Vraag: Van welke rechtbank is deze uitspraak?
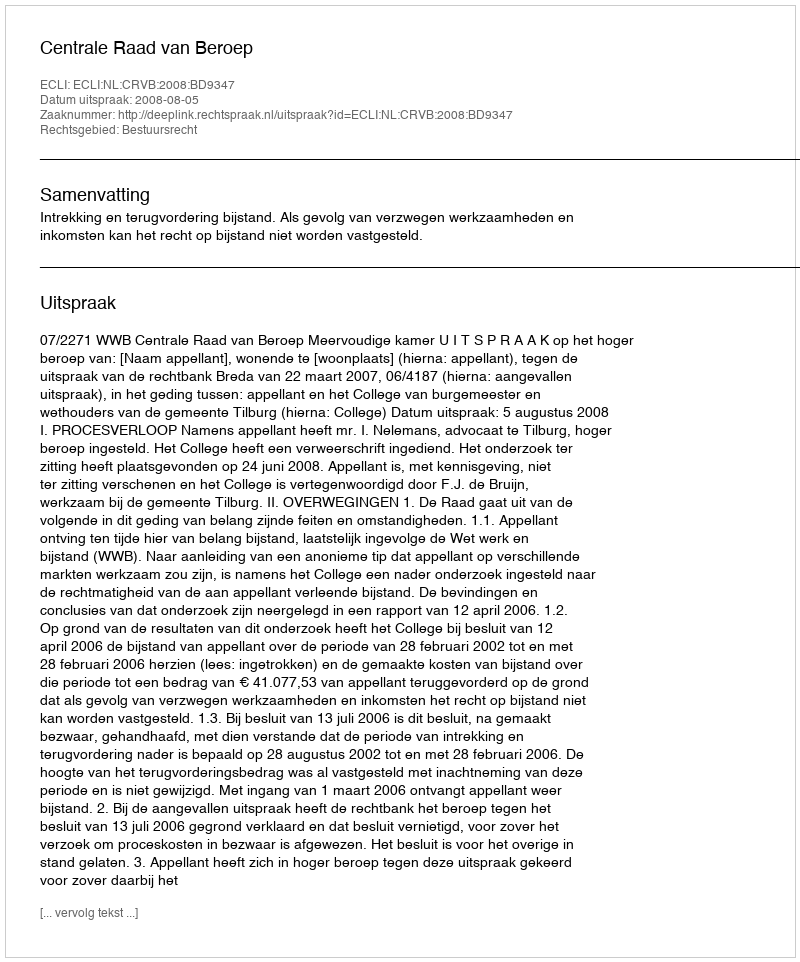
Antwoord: Centrale Raad van Beroep